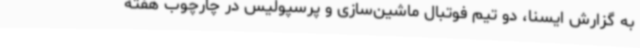
به گزارش ایسنا، دو تیم فوتبال ماشین‌سازی و پرسپولیس در چارچوب هفته